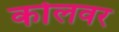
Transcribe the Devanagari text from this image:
कोलवर